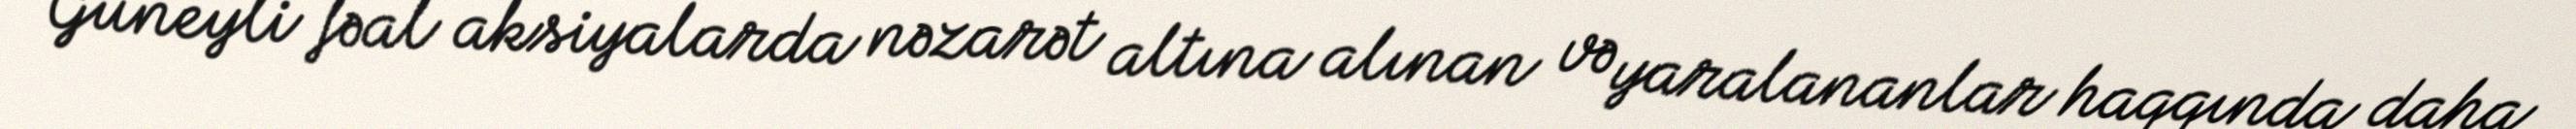
Güneyli fəal aksiyalarda nəzarət altına alınan və yaralananlar haqqında daha